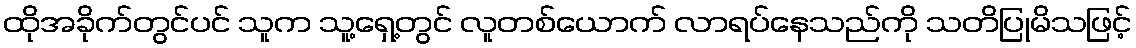
ထိုအခိုက်တွင်ပင် သူက သူ့ရှေ့တွင် လူတစ်ယောက် လာရပ်နေသည်ကို သတိပြုမိသဖြင့်